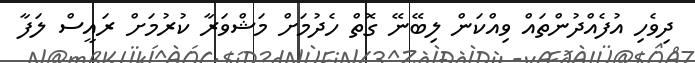
ދިވެހި އުފެއްދުންތައް ވިއްކަން ލިބޭނޭ ގޮތް ހެދުމަށް މަޝްވަރާ ކުރުމަށް ރައީސް ލަފާ